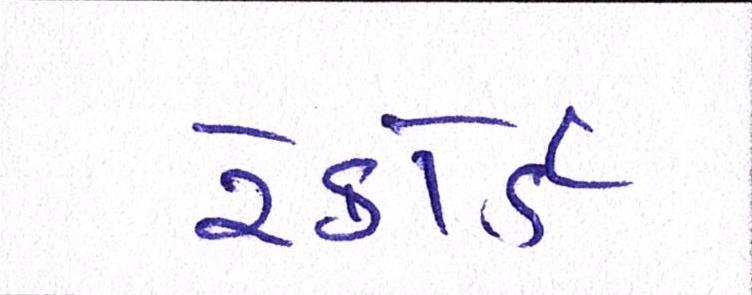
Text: રેકોર્ડ